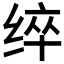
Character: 𮉬